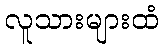
လူသားများထံ